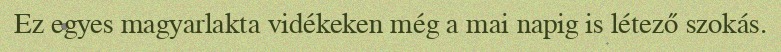
Ez egyes magyarlakta vidékeken még a mai napig is létező szokás.